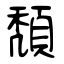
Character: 頽